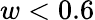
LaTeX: w<0.6